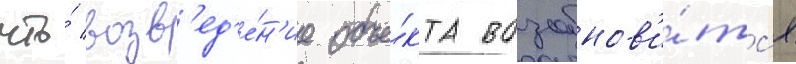
что́ возв'ед'е́н'ие объе́кта возобнов'и́тс'я